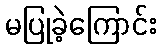
မပြုခဲ့ကြောင်း